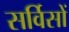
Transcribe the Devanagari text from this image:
सर्विसों